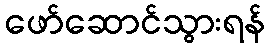
ဖော်ဆောင်သွားရန်